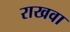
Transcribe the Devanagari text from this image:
राखवा